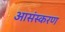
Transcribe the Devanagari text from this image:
आसंस्करण